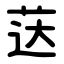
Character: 荙